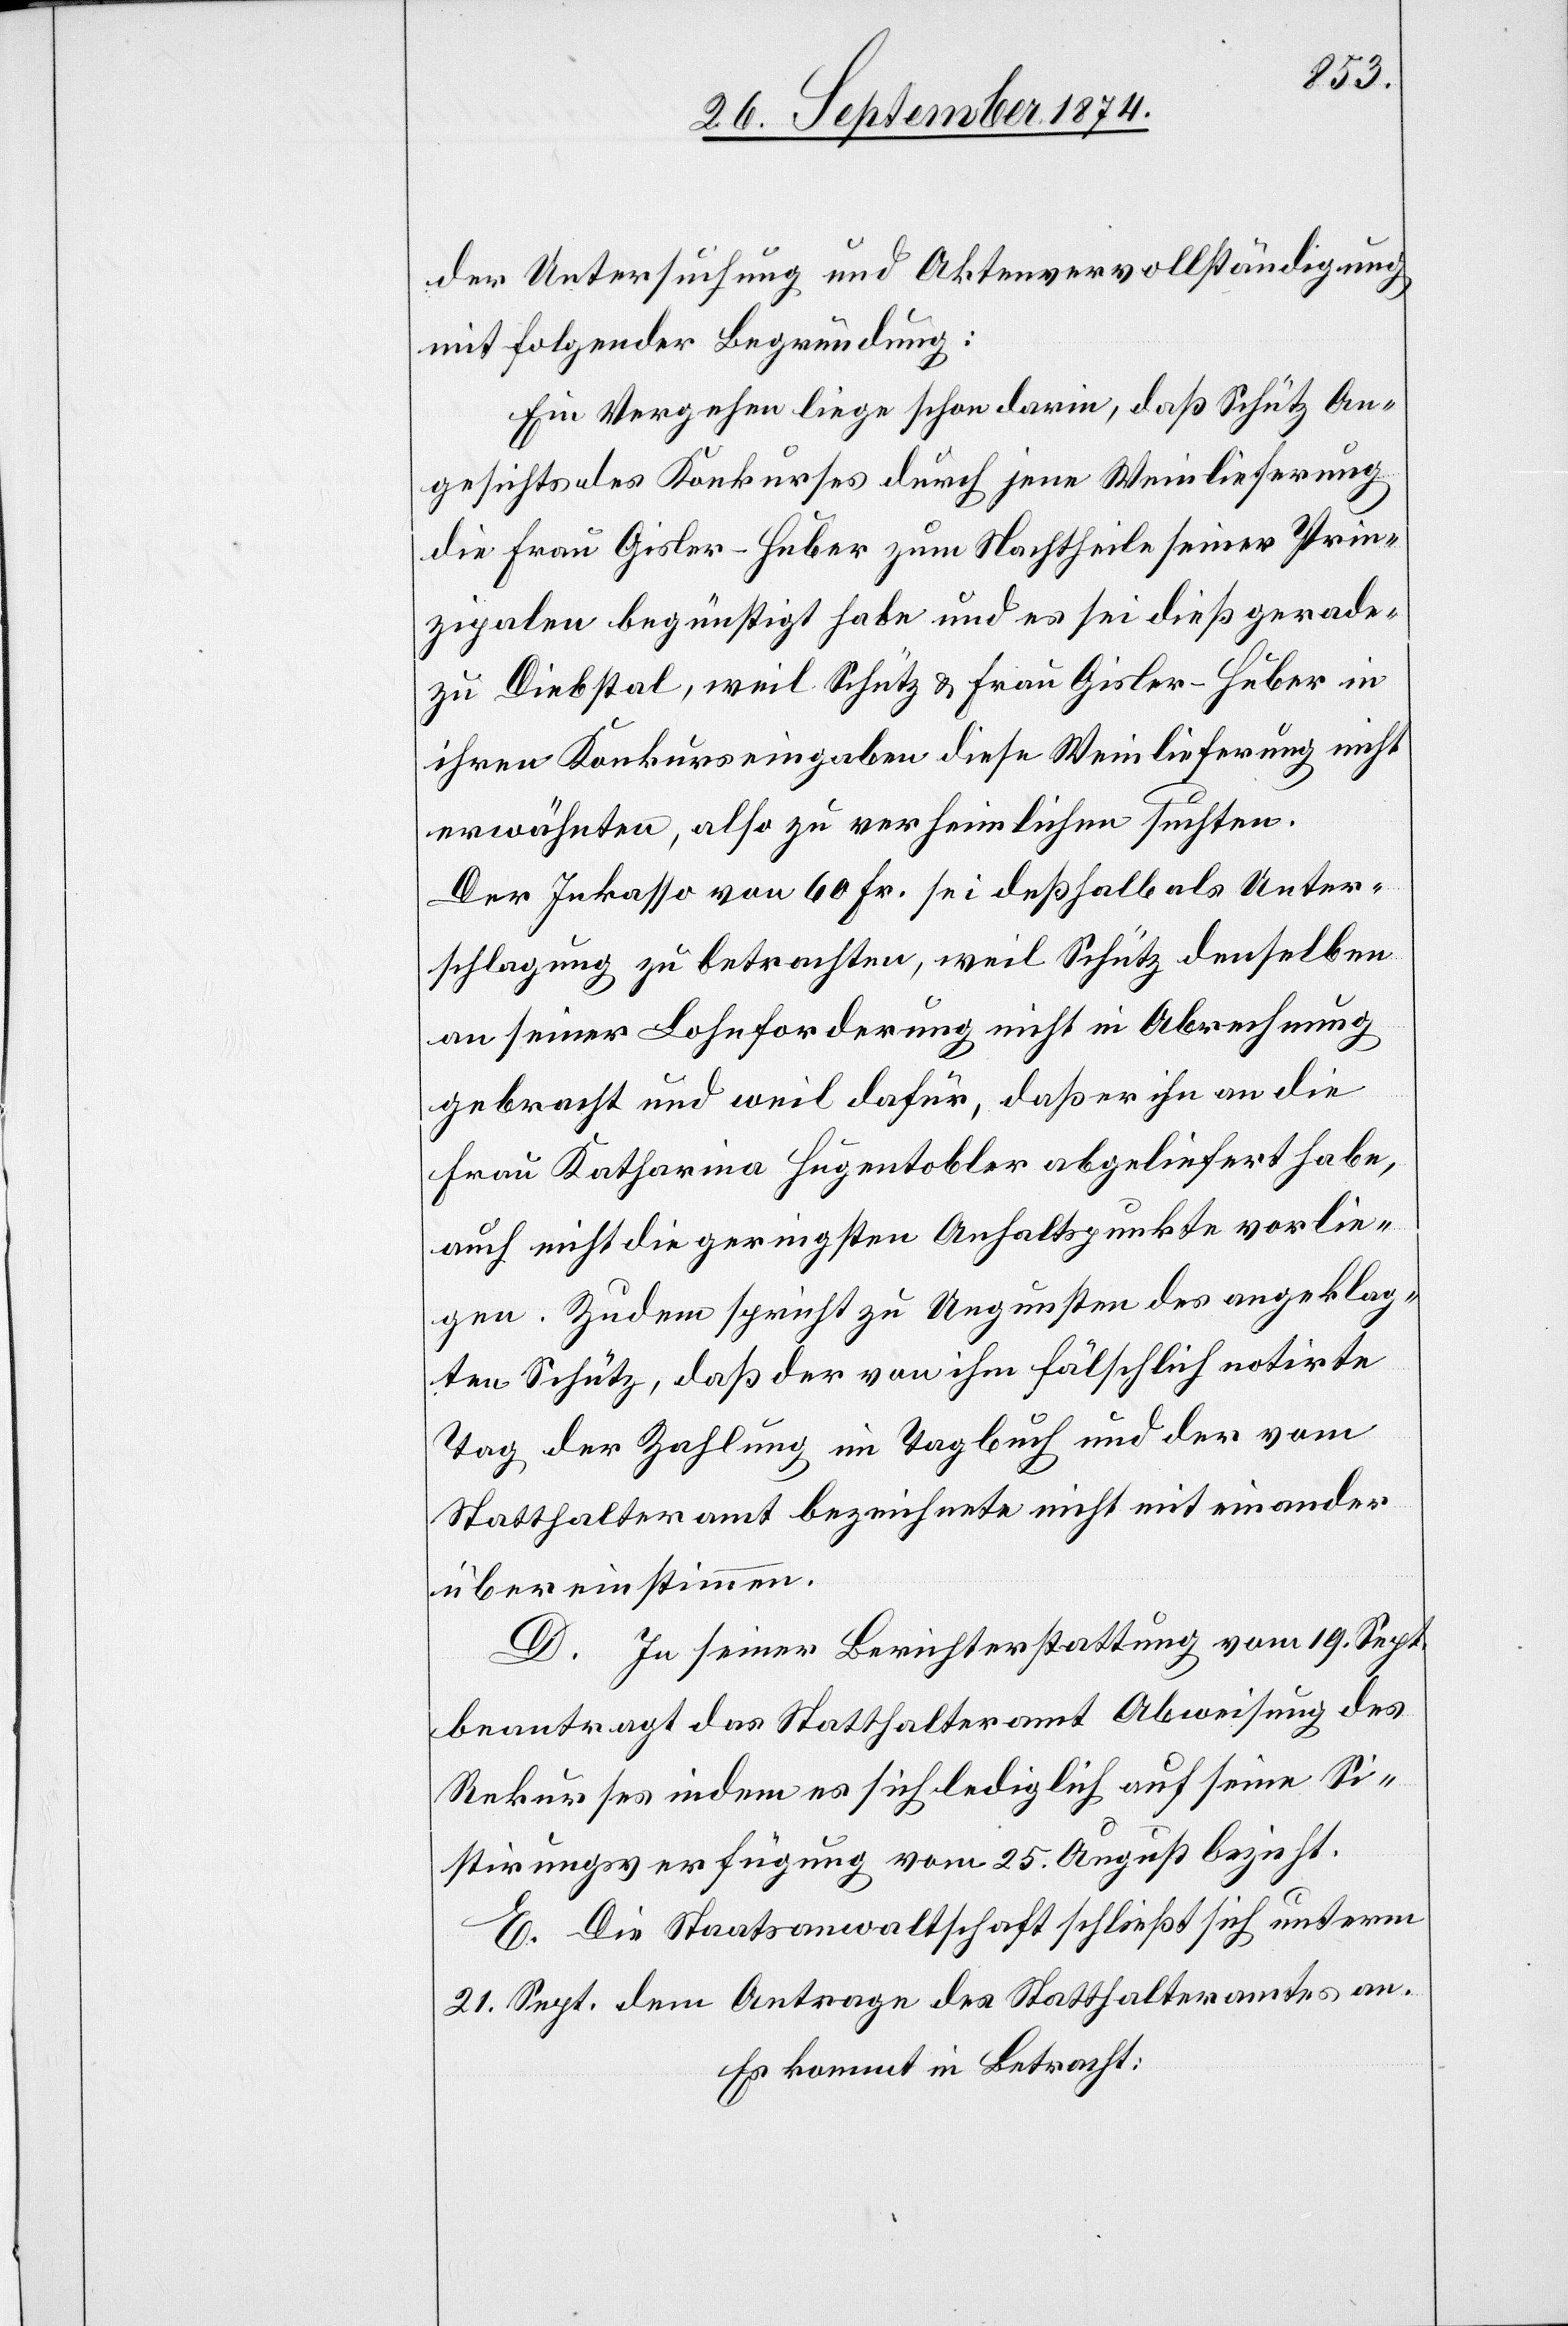
der Untersuchung und Aktenvervollständigung
mit folgender Begründung:
Ein Vergehen liege schon darin, daß Schütz An¬
gesichts des Konkurses durch jene Weinlieferung
die Frau Gisler-Huber zum Nachtheile seiner Prin¬
zipalen begünstigt habe und es sei dieß gerade¬
zu Diebstal, weil Schütz & Frau Gisler-Huber in
ihren Konkurseingaben diese Weinlieferung nicht
erwähnten, also zu verheimlichen suchten.
Der Inkasso von 60 Fr. sei deßhalb als Unter¬
schlagung zu betrachten, weil Schütz denselben
an seiner Lohnforderung nicht in Abrechnung
gebracht und weil dafür, daß er ihn an die
Frau Katharina Hugentobler abgeliefert habe,
auch nicht die geringsten Anhaltspunkte vorlie¬
gen. Zudem spricht zu Ungunsten des angeklag¬
ten Schütz, daß der von ihm fälschlich notirte
Tag der Zahlung im Tagebuch und der vom
Statthalteramt bezeichnete nicht mit einander
übereinstimmen.
D. In seiner Berichterstattung vom 19. Sept.
beantragt das Statthalteramt Abweisung des
Rekurses indem es sich lediglich auf seine Si¬
stirungsverfügung vom 25. August bezieht.
E. Die Staatsanwaltschaft schließt sich unterm
21. Sept. dem Antrage des Statthalteramtes an.
Es kommt in Betracht: